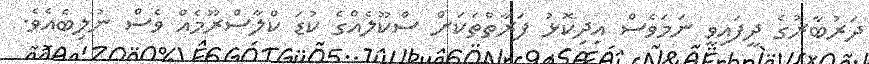
ދަރުބާރުގެ ދީފައިވީ ނަމަވެސް އިދިކޮޅު ފަރާތްތަކަށް ސްކޫލެއްގެ ކުޑަ ކްލާސްރޫމެއް ވެސް ނުލިބެއެވެ.